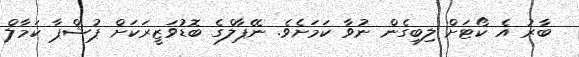
ބާރު އެ ކޯޓަށް ލިބިގެން ނުވާ ކަމަށެވެ. ނޭޕާލްގެ ބޮޑުވަޒީރަކަށް ޕުޝްޕާ ކަމާލް